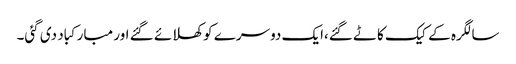
سالگرہ کے کیک کاٹے گئے،ایک دوسرے کو کھلائے گئے اور مبارکباد دی گئی۔